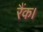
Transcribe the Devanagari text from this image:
रैंक।